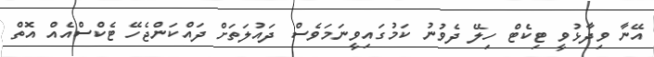
އޭނާ ވިދާޅުވީ ޓިކެޓް ހިލޭ ދެވުނު ކަމުގައިވީނަމަވެސް ދައުލަތަށް ދައްކަންޖެހޭ ޓެކްސްއެއް އޮތް